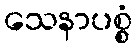
သေနာပစ္စံ